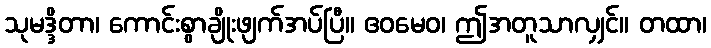
သုမဒ္ဒိတာ၊ ကောင်းစွာချိုးဖျက်အပ်ပြီ။ ဧဝမေဝ၊ ဤအတူသာလျှင်။ တထာ၊